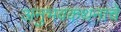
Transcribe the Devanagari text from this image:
अनुभवकथनाचे